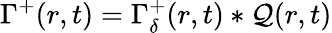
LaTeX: \Gamma^{+}(r,t)=\Gamma_{\delta}^{+}(r,t)\ast\mathcal{Q}(r,t)